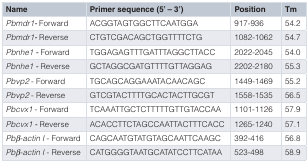
<table><thead><tr><td><b>Name</b></td><td><b>Primer sequence (5’ – 3’)</b></td><td><b>Position</b></td><td><b>Tm</b></td></tr></thead><tbody><tr><td><i>Pbmdr1-</i> Forward</td><td>ACGGTAGTGGCTTCAATGGA</td><td>917-936</td><td>54.2</td></tr><tr><td><i>Pbmdr1-</i> Reverse</td><td>CTGTCGACAGCTGGTTTTCTG</td><td>1082-1062</td><td>54.7</td></tr><tr><td><i>Pbnhe1 -</i> Forward</td><td>TGGAGAGTTTGATTTAGGCTTACC</td><td>2022-2045</td><td>54.0</td></tr><tr><td><i>Pbnhe1 -</i> Reverse</td><td>GCTAGGCGATGTTTTGTTAGGAG</td><td>2202-2180</td><td>55.3</td></tr><tr><td><i>Pbvp2</i> - Forward</td><td>TGCAGCAGGAAATACAACAGC</td><td>1449-1469</td><td>55.2</td></tr><tr><td><i>Pbvp2</i> - Reverse</td><td>GTCGTACTTTTGCACTACTTGCGT</td><td>1558-1535</td><td>56.5</td></tr><tr><td><i>Pbcvx1</i> - Forward</td><td>TCAAATTGCTCTTTTTGTTGTACCAA</td><td>1101-1126 </td><td>57.9</td></tr><tr><td><i>Pbcvx1 -</i> Reverse</td><td>ACACCTTCTAGCCAATTACTTTCACC</td><td>1265-1240</td><td>57.1</td></tr><tr><td><i>Pbβ-actin I</i> - Forward</td><td>CAGCAATGTATGTAGCAATTCAAGC </td><td>392-416</td><td>56.8</td></tr><tr><td><i>Pbβ-actin I</i> - Reverse</td><td>CATGGGGTAATGCATATCCTTCATAA</td><td>523-498</td><td>58.9</td></tr></tbody></table>